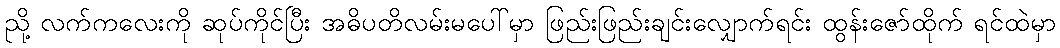
ညို့ လက်ကလေးကို ဆုပ်ကိုင်ပြီး အဓိပတိလမ်းမပေါ်မှာ ဖြည်းဖြည်းချင်းလျှောက်ရင်း ထွန်းဇော်ထိုက် ရင်ထဲမှာ